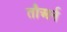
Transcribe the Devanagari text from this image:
तौअर्न